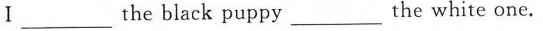
Ⅰ___ the black puppy ___ the white one.